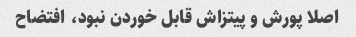
اصلا پورش و پیتزاش قابل خوردن نبود، افتضاح